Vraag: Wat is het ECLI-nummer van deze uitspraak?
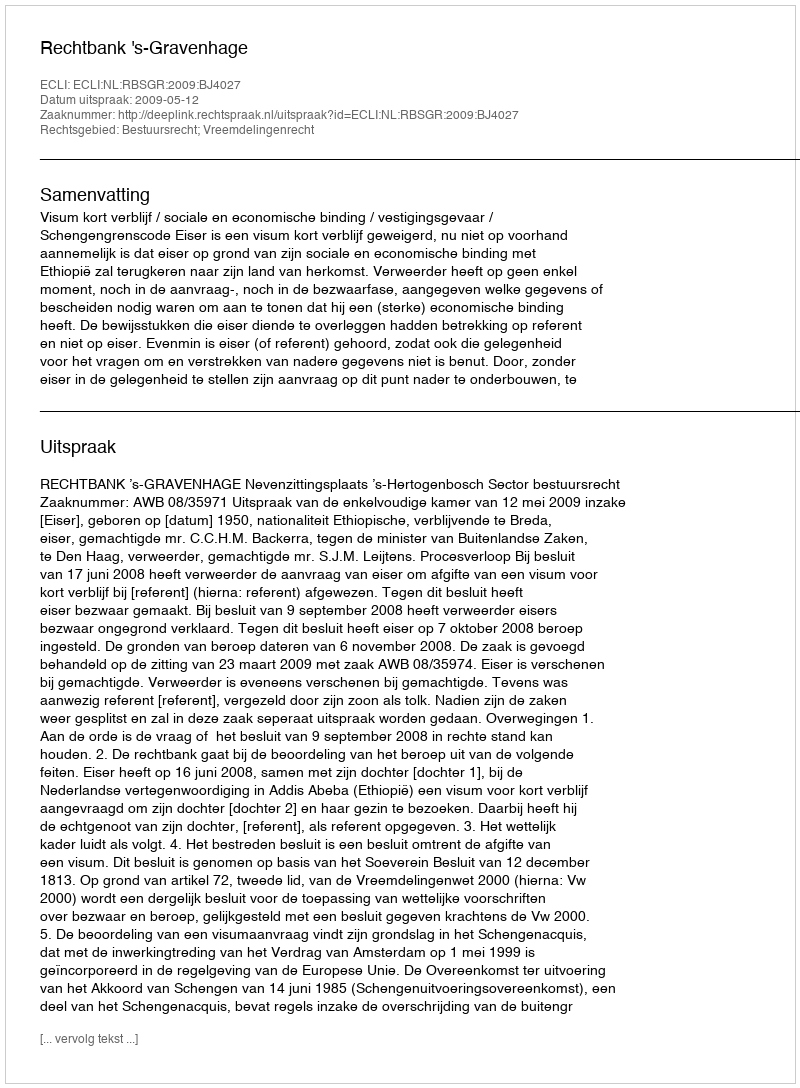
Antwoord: ECLI:NL:RBSGR:2009:BJ4027